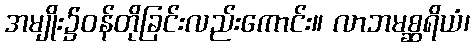
အမျိုး၌ဝန်တိုခြင်းလည်းကောင်း။ လာဘမစ္ဆရိယံ၊